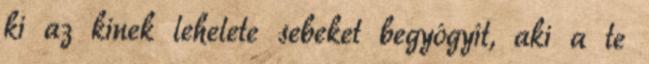
ki az kinek lehelete sebeket begyógyít, aki a te